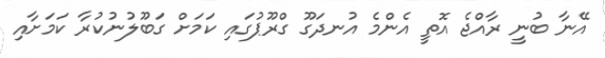
އޭނާ ބުނީ ރާއްޖެ އޮތީ އެންމެ އުނދަގޫ ގްރޫޕުގައި ކަމަށް ގަބޫލުނުކުރާ ކަމަށާއި